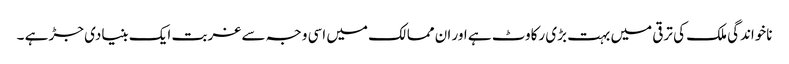
ناخواندگی ملک کی ترقی میں بہت بڑی رکاوٹ ہے اور ان ممالک میں اسی وجہ سے غربت ایک بنیادی جڑ ہے ۔